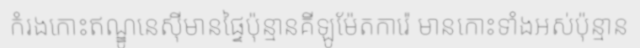
កំរងកោះឥណ្ឌូនេស៊ីមានផ្ទៃប៉ុន្មានគីឡូម៉ែតការ៉េ មានកោះទាំងអស់ប៉ុន្មាន